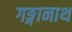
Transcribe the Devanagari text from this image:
गङ्गानाथ